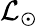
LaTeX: \mathcal{L}_{\odot}